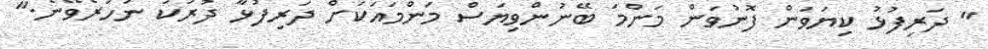
" ދަރިފުޅު ކިޔަވަން ފޮނުވަން މަންމަ ބޭނުންވިޔަސް މަންމައަކަށް ދަރިފުޅާ ދުރަކު ނުހުރެވޭނެ."